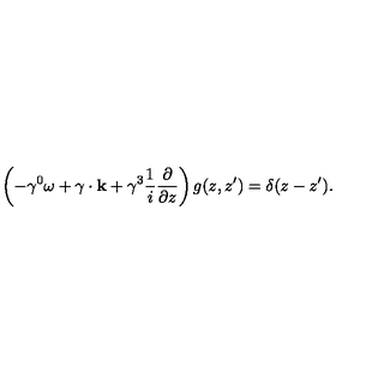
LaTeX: \left( - \gamma ^ { 0 } \omega + { \bf \mathrm { \boldmath \gamma } \cdot k } + \gamma ^ { 3 } { \frac { 1 } { i } } { \frac { \partial } { \partial z } } \right) g ( z , z ^ { \prime } ) = \delta ( z - z ^ { \prime } ) .